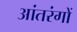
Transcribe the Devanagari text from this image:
आंतरंगों